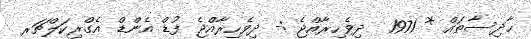
ޙާދިސާތައް * 1971  ދިވެހިރާއްޖެ :- ދިވެހިރާއްޖެ ފުޑް އެންޑް އެގްރިކަލްޗަރ